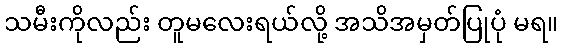
သမီးကိုလည်း တူမလေးရယ်လို့ အသိအမှတ်ပြုပုံ မရ။